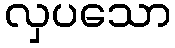
လှပသော